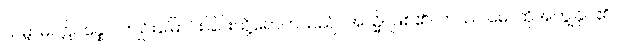
သမ္ဗာဓပဋိပန္နော၊ ကျဉ်းမြောင်းခြင်းသို့ရောက်သည်။ အသ္မိ၊ ဖြစ်၏။ တဿ မေ၊ ထိုအကျွန်ုပ်၏။